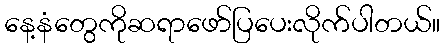
နေ့နံတွေကိုဆရာဖော်ပြပေးလိုက်ပါတယ်။